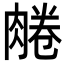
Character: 𦝘